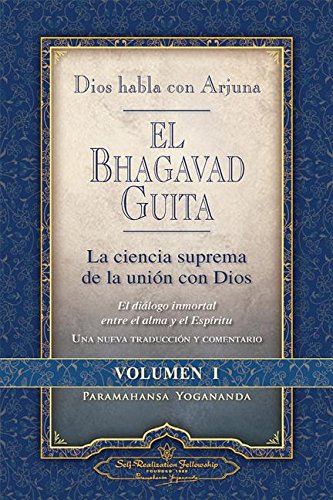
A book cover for Dios habla con Arjuna: El Bhagavad Guita, Vol. 1 (God Talks with Arjuna - Spanish) (Self-Realization Fellowship) (Spanish Edition); Paramahansa Yogananda; Religion & Spirituality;